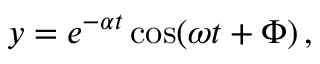
y = e ^ { - \alpha t } \cos ( \omega t + \Phi ) \, ,